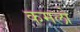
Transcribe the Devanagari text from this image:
कमलो